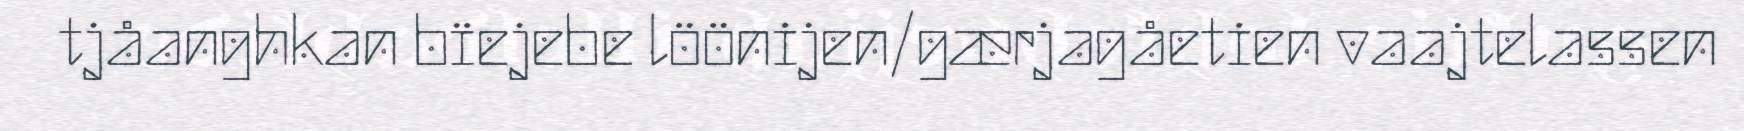
tjåanghkan bïejebe löönijen/gærjagåetien vaajtelassen